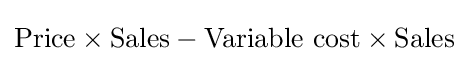
\mathrm {Price} \times \mathrm {Sales} -\mathrm {Variable\ cost} \times \mathrm {Sales}